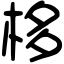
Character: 栘